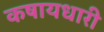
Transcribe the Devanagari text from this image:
कषायधारी